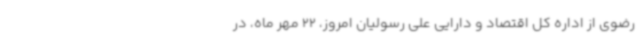
رضوی از اداره کل اقتصاد و دارایی علی رسولیان امروز، 22 مهر ماه، در